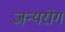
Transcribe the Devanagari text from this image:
जन्‍यरोग